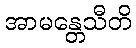
အာမန္တေသီတိ